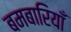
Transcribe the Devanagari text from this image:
बमबारियाँ